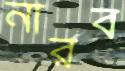
নীরব